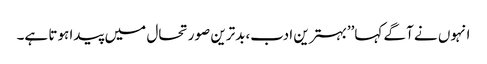
انہوں نے آگے کہا’’بہترین ادب،بدترین صورتحال میں پیدا ہوتا ہے۔